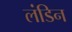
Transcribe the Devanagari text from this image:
लंडिन